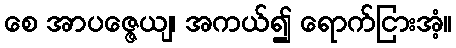
စေ အာပဇ္ဇေယျ၊ အကယ်၍ ရောက်ငြားအံ့။